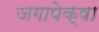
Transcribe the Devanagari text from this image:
जगापेक्षा